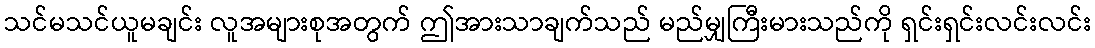
သင်မသင်ယူမချင်း လူအများစုအတွက် ဤအားသာချက်သည် မည်မျှကြီးမားသည်ကို ရှင်းရှင်းလင်းလင်း